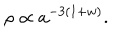
LaTeX: \rho \propto a ^ { - 3 ( 1 + w ) } .